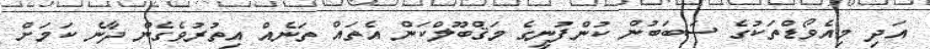
އަދި މިއެވޯޑްތަކުގެ ސަބަބުން ކުންފުނީގެ މަޤްބޫލްކަން އެތައް ތަނެއް އިތުރުވެގެން ދާނެ ކަމަށް